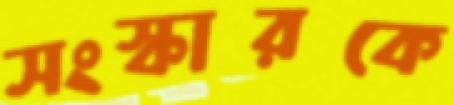
সংস্কারকে